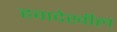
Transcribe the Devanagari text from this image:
हवादेखील